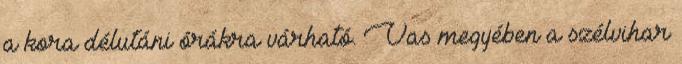
a kora délutáni órákra várható. Vas megyében a szélvihar